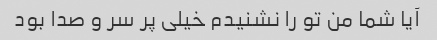
آیا شما من تو را نشنیدم خیلی پر سر و صدا بود